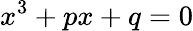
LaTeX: x^{3}+px+q=0